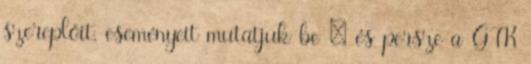
szereplőit, eseményeit mutatjuk be – és persze a GTK